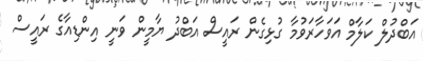
އަބްދުލް ކަލާމް އަވަހާރަވުމާ ގުޅިގެން ރައީސް އަބްދު ޔާމީން ވަނީ އިންޑިއާގެ ރައީސް